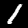
Label: 1